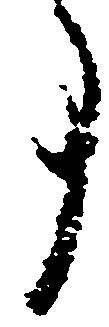
事